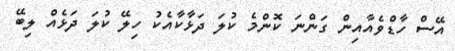
އޭސް ހާޑްވެއާއިން ގަންނަ ކޮންމެ ކުލަ ދަޅާކާއެކު ހިލޭ ކުލަ ދަޅެއް ލިބޭ